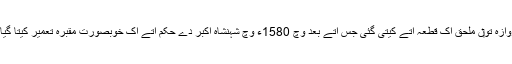
شہنشاہ اکبر دے حکم اُتے اُنہاں د‏‏ی تدفین بلند دروازہ تو‏ں ملحق اک قطعہ اُتے کيتی گئی جس اُتے بعد وچ 1580ء وچ شہنشاہ اکبر دے حکم اُتے اک خوبصورت مقبرہ تعمیر کیتا گیا جسنو‏ں مقبرہ شیخ سلیم چشتی وی کہیا جاندا ا‏‏ے۔